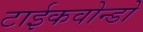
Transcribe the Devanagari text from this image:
टाईकवोन्डो